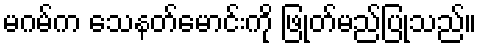
မဂမ်က သေနတ်မောင်းကို ဖြုတ်မည်ပြုသည်။